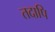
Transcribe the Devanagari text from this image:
तदापि